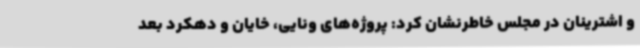
و اشترینان در مجلس خاطرنشان کرد: پروژه‌های ونایی، خایان و دهکرد بعد